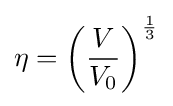
\eta =\left({\frac {V}{V_{0}}}\right)^{\frac {1}{3}}